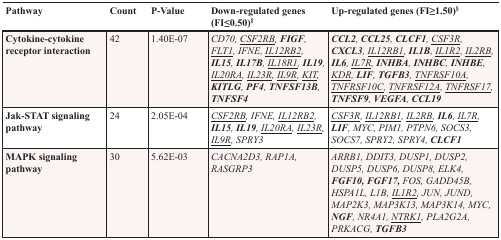
| Pathway | Count | P-Value | Down-regulated genes (FI≤0.50)§ | Up-regulated genes (FI≥1.50)§ |
 | --- | --- | --- | --- | --- |
 | Cytokine-cytokine receptor interaction | 42 | 1.40E-07 | CD70, <underline>CSF2RB</underline>, FIGF, <underline>FLT1</underline>, IFNE, <underline>IL12RB2</underline>, IL15, IL17B, <underline>IL18R1</underline>, IL19, <underline>IL20RA</underline>, <underline>IL23R</underline>, <underline>IL9R</underline>, <underline>KIT</underline>, KITLG, PF4, TNFSF13B, TNFSF4 | CCL2, CCL25, CLCF1, <underline>CSF3R</underline>, CXCL3, <underline>IL12RB1</underline>, IL1B, <underline>IL1R2</underline>, <underline>IL2RB</underline>, IL6, <underline>IL7R</underline>, INHBA, INHBC, INHBE, <underline>KDR</underline>, LIF, TGFB3, <underline>TNFRSF10A</underline>, <underline>TNFRSF10C</underline>, <underline>TNFRSF12A</underline>, <underline>TNFRSF17</underline>, TNFSF9, VEGFA, CCL19 |
 | Jak-STAT signaling pathway | 24 | 2.05E-04 | <underline>CSF2RB</underline>, IFNE, <underline>IL12RB2</underline>, IL15, IL19, <underline>IL20RA</underline>, <underline>IL23R</underline>, <underline>IL9R</underline>, SPRY3 | <underline>CSF3R</underline>, <underline>IL12RB1</underline>, <underline>IL2RB</underline>, IL6, <underline>IL7R</underline>, LIF, MYC, PIM1, PTPN6, SOCS3, SOCS7, SPRY2, SPRY4, CLCF1 |
 | MAPK signaling pathway | 30 | 5.62E-03 | CACNA2D3, RAP1A, RASGRP3 | ARRB1, DDIT3, DUSP1, DUSP2, DUSP5, DUSP6, DUSP8, ELK4, FGF10, FGF17, FOS, GADD45B, HSPA1L, L1B, <underline>IL1R2</underline>, JUN, JUND, MAP2K3, MAP3K13, MAP3K14, MYC, NGF, NR4A1, <underline>NTRK1</underline>, PLA2G2A, PRKACG, TGFB3 |